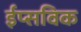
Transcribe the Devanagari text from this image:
ईप्सविक